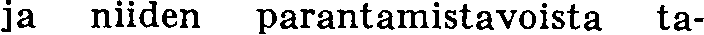
ja niiden parantamistavoista ta-